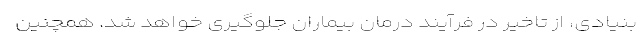
بنیادی، از تاخیر در فرآیند درمان بیماران جلوگیری خواهد شد. همچنین